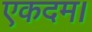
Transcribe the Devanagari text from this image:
एकदम।